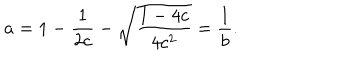
a = 1 - \frac { 1 } { 2 c } - \sqrt { \frac { 1 - 4 c } { 4 c ^ { 2 } } } = \frac { 1 } { b } .